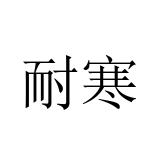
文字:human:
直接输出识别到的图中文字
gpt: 耐寒